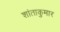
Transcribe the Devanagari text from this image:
शांताकुमार